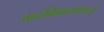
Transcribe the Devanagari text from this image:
वादविवादामध्ये